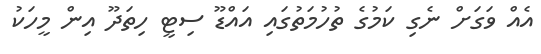
އެއް ވަގަށް ނެގި ކަމުގެ ތުހުމަތުގައި އައްޑޫ ސިޓީ ހިތަދޫ އިން މީހަކު